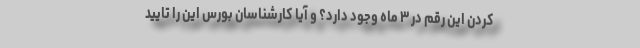
کردن این رقم در ۳ ماه وجود دارد؟ و آیا کارشناسان بورس این را تایید